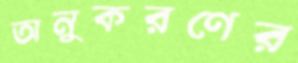
অনুকরণের